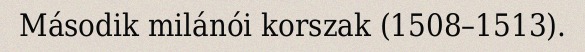
Második milánói korszak (1508–1513).